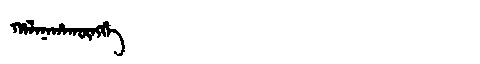
Manchu: ᡥᠠᠯᠠᠨᠠᡥᠠᡴᡡᠩᡤᡝ
Romanization: HALANAHAKŪNGGE